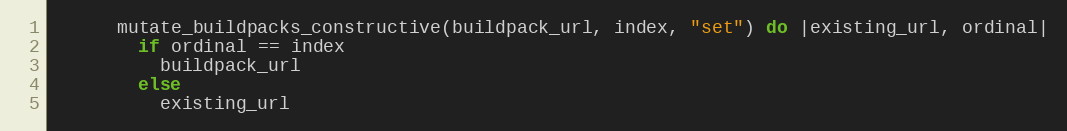
Language: Ruby
      mutate_buildpacks_constructive(buildpack_url, index, "set") do |existing_url, ordinal|
        if ordinal == index
          buildpack_url
        else
          existing_url